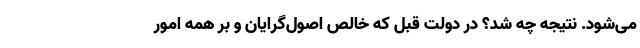
می‌شود. نتیجه چه شد؟ در دولت قبل که خالص اصول‌گرایان و بر همه امور